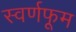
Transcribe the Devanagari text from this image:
स्वर्णफूम